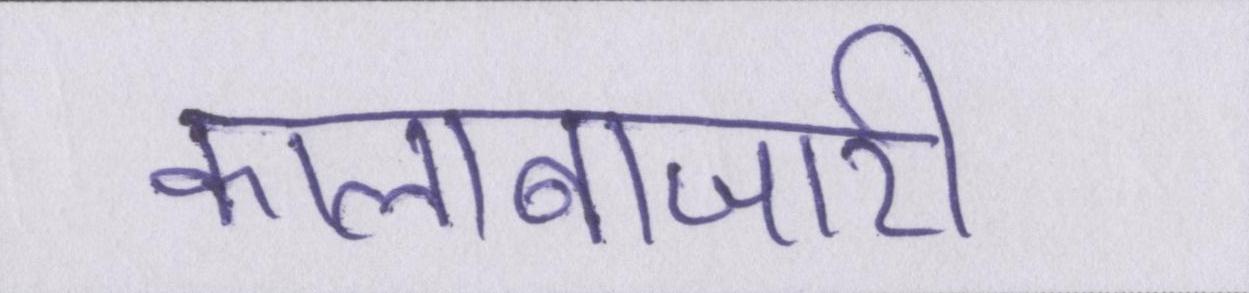
कालाबाजारी